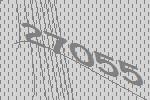
27055